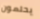
يحلمون